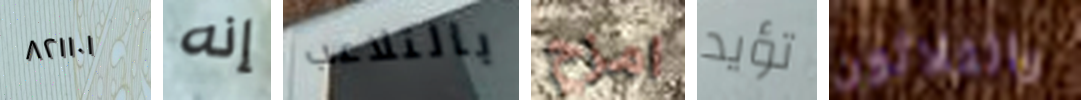
٨٢١١٠١ إنه بالتلاعب امزح تؤيد والثلاثون